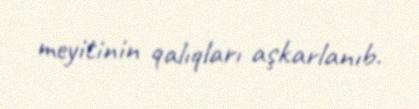
meyitinin qalıqları aşkarlanıb.